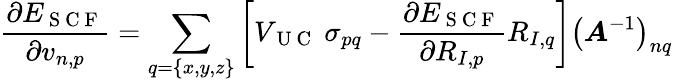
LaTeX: \frac{\partial E_{\mathrm{~S~C~F~}}}{\partial v_{n,p}}=\sum_{q=\{ x,y,z\} }\left[V_{\mathrm{~U~C~}}~\sigma_{pq}-\frac{\partial E_{\mathrm{~S~C~F~}}}{\partial R_{I,p}}R_{I,q}\right]\left(\boldsymbol{A}^{-1}\right)_{nq}